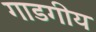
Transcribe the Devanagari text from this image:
गाडगीय